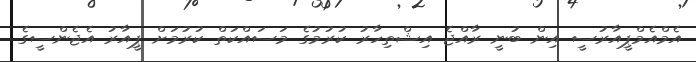
އެމްއެމްޕީއާރުސީ އިން ބުނީ ރާއްޖެ އިޝްތިހާރު ކުރުމުގެ މަސައްކަތް ކުރުމަށް ޕީއާރު އެޖެންސީގެ